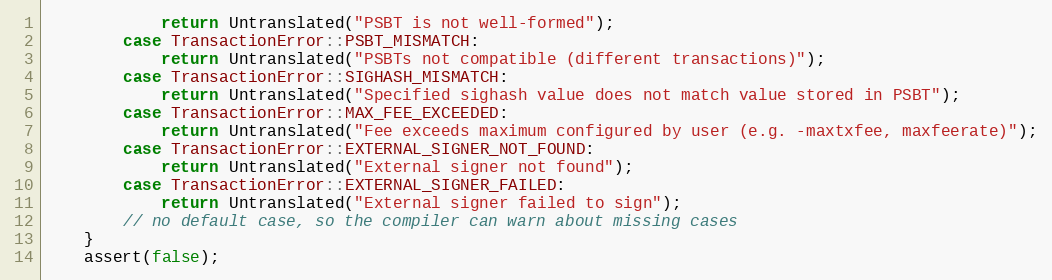
Language: C++
            return Untranslated("PSBT is not well-formed");
        case TransactionError::PSBT_MISMATCH:
            return Untranslated("PSBTs not compatible (different transactions)");
        case TransactionError::SIGHASH_MISMATCH:
            return Untranslated("Specified sighash value does not match value stored in PSBT");
        case TransactionError::MAX_FEE_EXCEEDED:
            return Untranslated("Fee exceeds maximum configured by user (e.g. -maxtxfee, maxfeerate)");
        case TransactionError::EXTERNAL_SIGNER_NOT_FOUND:
            return Untranslated("External signer not found");
        case TransactionError::EXTERNAL_SIGNER_FAILED:
            return Untranslated("External signer failed to sign");
        // no default case, so the compiler can warn about missing cases
    }
    assert(false);